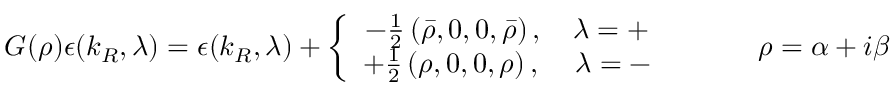
G ( \rho ) \epsilon ( k _ { R } , \lambda ) = \epsilon ( k _ { R } , \lambda ) + \left\{ \begin{array} { c } { { - \frac { 1 } { 2 } \left( \bar { \rho } , 0 , 0 , \bar { \rho } \right) , \, \, \, \, \, \, \lambda = + } } \\ { { + \frac { 1 } { 2 } \left( \rho , 0 , 0 , \rho \right) , \, \, \, \, \, \, \, \lambda = - } } \end{array} \right. \, \, \, \, \, \, \, \, \, \, \, \, \, \, \, \, \, \, \rho = \alpha + i \beta